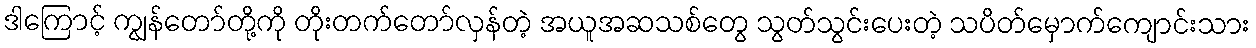
ဒါကြောင့် ကျွန်တော်တို့ကို တိုးတက်တော်လှန်တဲ့ အယူအဆသစ်တွေ သွတ်သွင်းပေးတဲ့ သပိတ်မှောက်ကျောင်းသား